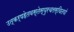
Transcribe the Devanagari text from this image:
उत्कर्षहेतवस्तेस्युरचलस्थितयो